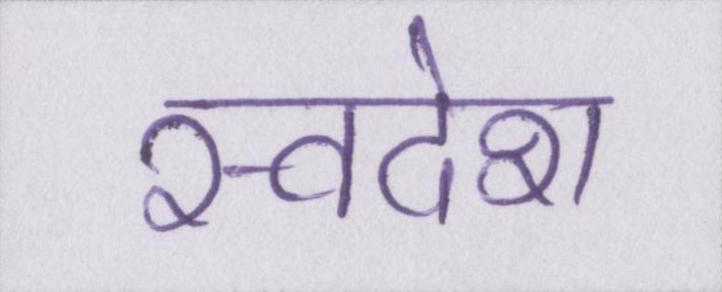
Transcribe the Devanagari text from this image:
स्वदेश